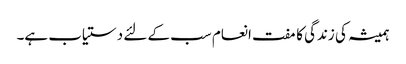
ہمیشہ کی زندگی کا مفت انعام سب کے لئے دستیاب ہے۔